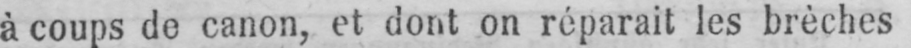
à coups de canon, et dont on réparait les brèches